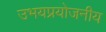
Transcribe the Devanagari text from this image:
उभयप्रयोजनीय